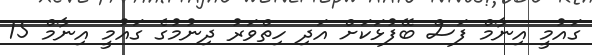
ގައުމީ އިނާމް ފަސް ބޭފުޅަކަށް އަދި ހިތްވަރު ދިނުމުގެ ގައުމީ އިނާމް 15